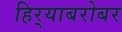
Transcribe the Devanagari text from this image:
हिर्‍याबरोबर